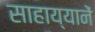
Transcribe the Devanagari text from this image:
साहाय्यानें